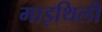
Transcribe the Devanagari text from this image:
माइथिली